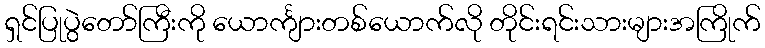
ရှင်ပြုပွဲတော်ကြီးကို ယောင်္ကျားတစ်ယောက်လို တိုင်းရင်းသားများအကြိုက်